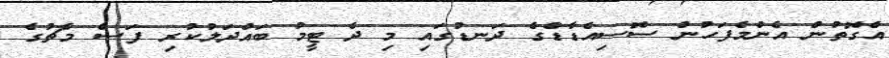
އެގޮތުން އެންމެފަހުން ސޮަސިއެޑާޑްގެ ދަނޑުގައި މި ދެ ޓީމު ބައްދަލުކުރި ފަސް މެޗުގެ